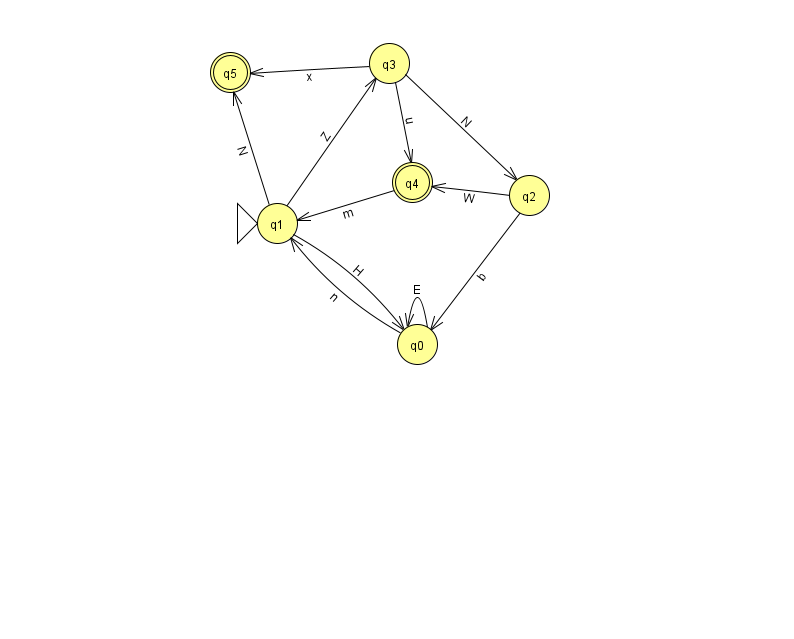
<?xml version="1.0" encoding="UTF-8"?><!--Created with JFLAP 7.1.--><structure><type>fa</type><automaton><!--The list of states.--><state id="0" name="q0"><x>417.0</x><y>331.0</y></state><state id="1" name="q1"><x>277.0</x><y>210.0</y><initial/></state><state id="2" name="q2"><x>529.0</x><y>182.0</y></state><state id="3" name="q3"><x>389.0</x><y>50.0</y></state><state id="4" name="q4"><x>412.0</x><y>169.0</y><final/></state><state id="5" name="q5"><x>230.0</x><y>59.0</y><final/></state><!--The list of transitions.--><transition><from>1</from><to>0</to><read>H</read></transition><transition><from>3</from><to>2</to><read>N</read></transition><transition><from>4</from><to>1</to><read>m</read></transition><transition><from>0</from><to>1</to><read>n</read></transition><transition><from>1</from><to>3</to><read>Z</read></transition><transition><from>3</from><to>4</to><read>u</read></transition><transition><from>0</from><to>0</to><read>E</read></transition><transition><from>3</from><to>5</to><read>x</read></transition><transition><from>2</from><to>0</to><read>b</read></transition><transition><from>2</from><to>4</to><read>W</read></transition><transition><from>1</from><to>5</to><read>N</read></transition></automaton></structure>